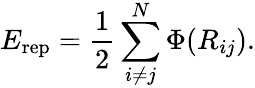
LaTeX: E_{\mathrm{rep}}=\frac{1}{2}\sum_{i\neq j}^{N}\Phi(R_{ij}).